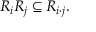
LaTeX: R _ { i } R _ { j } \subseteq R _ { i \cdot j } .